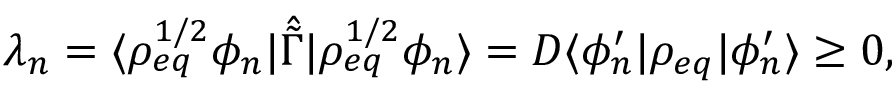
\lambda _ { n } = \langle \rho _ { e q } ^ { 1 / 2 } \phi _ { n } \rvert \hat { \tilde { \Gamma } } \lvert \rho _ { e q } ^ { 1 / 2 } \phi _ { n } \rangle = D \langle \phi _ { n } ^ { \prime } \rvert \rho _ { e q } \lvert \phi _ { n } ^ { \prime } \rangle \ge 0 ,